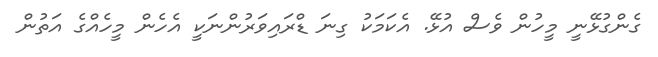
ގެންގުޅޭނީ މީހުން ވެސް އުޅޭ. އެކަމަކު ގިނަ ޑްރައިވަރުންނަކީ އެހެން މީހެއްގެ އަތުން